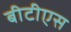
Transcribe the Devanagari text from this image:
बीटीएस